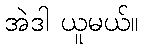
အဲဒါ ယူမယ်။